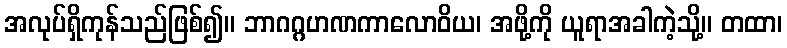
အလုပ်ရှိကုန်သည်ဖြစ်၍။ ဘာဂဂ္ဂဟဏကာလောဝိယ၊ အဖို့ကို ယူရာအခါကဲ့သို့။ တထာ၊